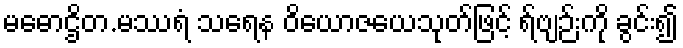
မဓောဌိတ.မဿရံ သရေန ဝိယောဇယေသုတ်ဖြင့် ရ်ဗျဉ်းကို ခွင်း၍